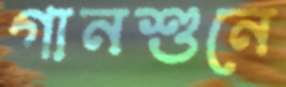
গানশুনে